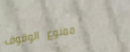
ممنوع الوقوف